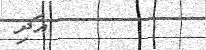
٦         އަދި